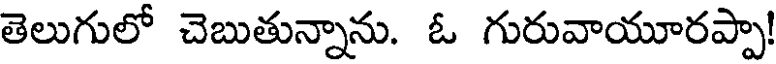
తెలుగులో చెబుతున్నాను. ఓ గురువాయూరప్పా!